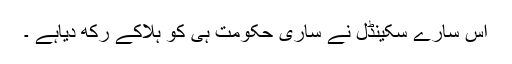
اس سارے سکینڈل نے ساری حکومت ہی کو ہلاکے رکھ دیاہے ۔